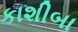
કાશીબા